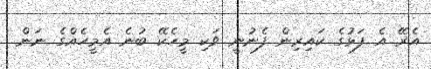
އެރޭ އެ ފަޅުގެ ކައިރިން ފެނުނީ ވަކި މީހެކޭ ބުނެ އެމީހެއްގެ ނަން